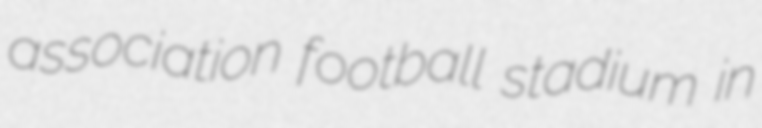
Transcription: association football stadium in